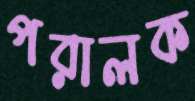
পরালক